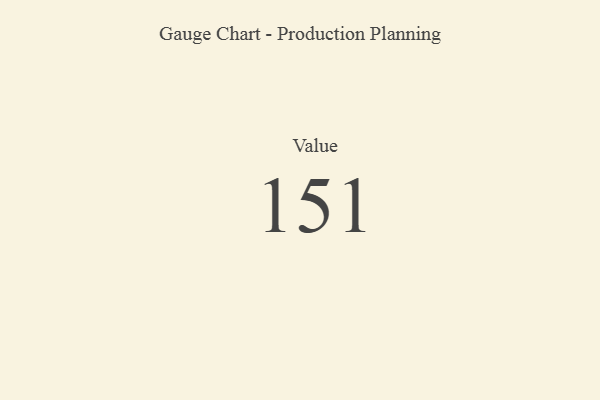
{"axis": {"x": "Metric", "y": "Value"}, "legend": [""], "data": [{"x": "Value", "y": 151, "type": ""}]}